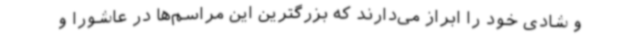
و شادی خود را ابراز می‌دارند که بزرگترین این مراسم‌ها در عاشورا و